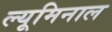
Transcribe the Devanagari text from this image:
ल्यूमिनाल